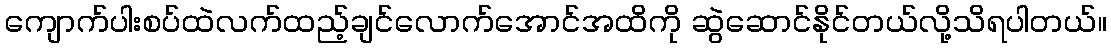
ကျောက်ပါးစပ်ထဲလက်ထည့်ချင်လောက်အောင်အထိကို ဆွဲဆောင်နိုင်တယ်လို့သိရပါတယ်။